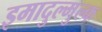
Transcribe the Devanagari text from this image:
इमादुल्मुल्क